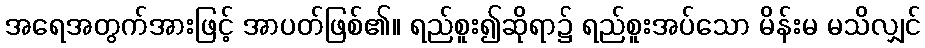
အရေအတွက်အားဖြင့် အာပတ်ဖြစ်၏။ ရည်စူး၍ဆိုရာ၌ ရည်စူးအပ်သော မိန်းမ မသိလျှင်